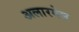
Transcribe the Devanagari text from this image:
अलारमेल